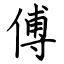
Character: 傅